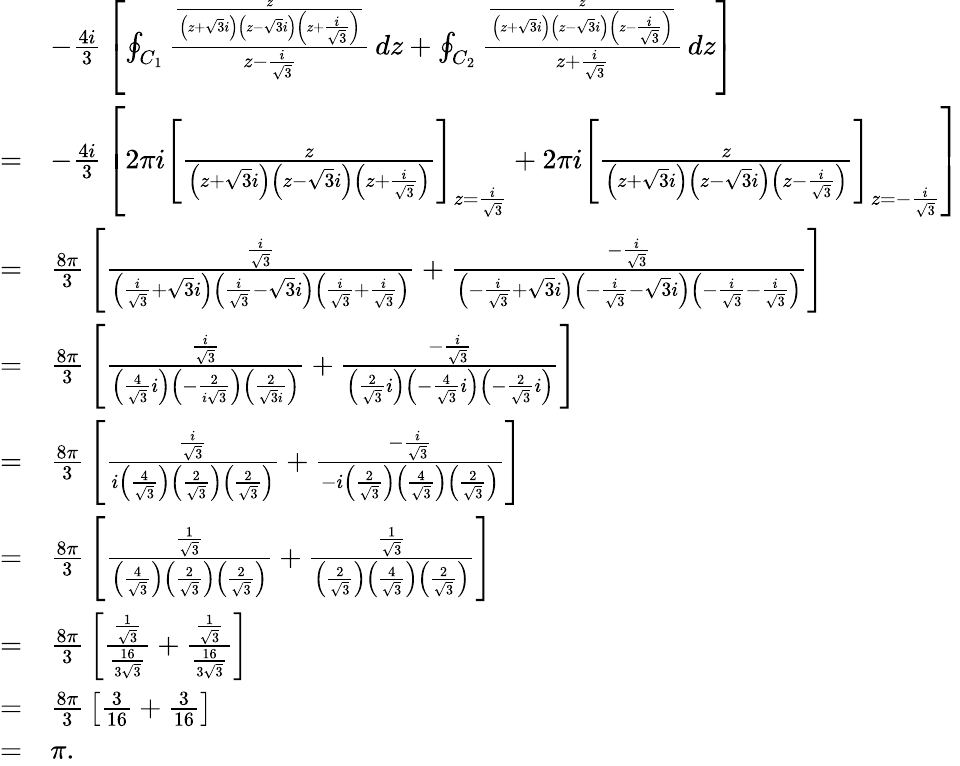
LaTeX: {\begin{array}{rl}&{-{\frac{4i}{3}}\left[\oint_{C_{1}}{\frac{\frac{z}{\left(z+{\sqrt{3}}i\right)\left(z-{\sqrt{3}}i\right)\left(z+{\frac{i}{\sqrt{3}}}\right)}}{z-{\frac{i}{\sqrt{3}}}}}\, dz+\oint_{C_{2}}{\frac{\frac{z}{\left(z+{\sqrt{3}}i\right)\left(z-{\sqrt{3}}i\right)\left(z-{\frac{i}{\sqrt{3}}}\right)}}{z+{\frac{i}{\sqrt{3}}}}}\, dz\right]}\\ {=}&{-{\frac{4i}{3}}\left[2\pi i\left[{\frac{z}{\left(z+{\sqrt{3}}i\right)\left(z-{\sqrt{3}}i\right)\left(z+{\frac{i}{\sqrt{3}}}\right)}}\right]_{z={\frac{i}{\sqrt{3}}}}+2\pi i\left[{\frac{z}{\left(z+{\sqrt{3}}i\right)\left(z-{\sqrt{3}}i\right)\left(z-{\frac{i}{\sqrt{3}}}\right)}}\right]_{z=-{\frac{i}{\sqrt{3}}}}\right]}\\ {=}&{{\frac{8\pi}{3}}\left[{\frac{\frac{i}{\sqrt{3}}}{\left({\frac{i}{\sqrt{3}}}+{\sqrt{3}}i\right)\left({\frac{i}{\sqrt{3}}}-{\sqrt{3}}i\right)\left({\frac{i}{\sqrt{3}}}+{\frac{i}{\sqrt{3}}}\right)}}+{\frac{-{\frac{i}{\sqrt{3}}}}{\left(-{\frac{i}{\sqrt{3}}}+{\sqrt{3}}i\right)\left(-{\frac{i}{\sqrt{3}}}-{\sqrt{3}}i\right)\left(-{\frac{i}{\sqrt{3}}}-{\frac{i}{\sqrt{3}}}\right)}}\right]}\\ {=}&{{\frac{8\pi}{3}}\left[{\frac{\frac{i}{\sqrt{3}}}{\left({\frac{4}{\sqrt{3}}}i\right)\left(-{\frac{2}{i{\sqrt{3}}}}\right)\left({\frac{2}{{\sqrt{3}}i}}\right)}}+{\frac{-{\frac{i}{\sqrt{3}}}}{\left({\frac{2}{\sqrt{3}}}i\right)\left(-{\frac{4}{\sqrt{3}}}i\right)\left(-{\frac{2}{\sqrt{3}}}i\right)}}\right]}\\ {=}&{{\frac{8\pi}{3}}\left[{\frac{\frac{i}{\sqrt{3}}}{i\left({\frac{4}{\sqrt{3}}}\right)\left({\frac{2}{\sqrt{3}}}\right)\left({\frac{2}{\sqrt{3}}}\right)}}+{\frac{-{\frac{i}{\sqrt{3}}}}{-i\left({\frac{2}{\sqrt{3}}}\right)\left({\frac{4}{\sqrt{3}}}\right)\left({\frac{2}{\sqrt{3}}}\right)}}\right]}\\ {=}&{{\frac{8\pi}{3}}\left[{\frac{\frac{1}{\sqrt{3}}}{\left({\frac{4}{\sqrt{3}}}\right)\left({\frac{2}{\sqrt{3}}}\right)\left({\frac{2}{\sqrt{3}}}\right)}}+{\frac{\frac{1}{\sqrt{3}}}{\left({\frac{2}{\sqrt{3}}}\right)\left({\frac{4}{\sqrt{3}}}\right)\left({\frac{2}{\sqrt{3}}}\right)}}\right]}\\ {=}&{{\frac{8\pi}{3}}\left[{\frac{\frac{1}{\sqrt{3}}}{\frac{16}{3{\sqrt{3}}}}}+{\frac{\frac{1}{\sqrt{3}}}{\frac{16}{3{\sqrt{3}}}}}\right]}\\ {=}&{{\frac{8\pi}{3}}\left[{\frac{3}{16}}+{\frac{3}{16}}\right]}\\ {=}&{\pi.}\end{array}}